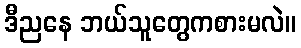
ဒီညနေ ဘယ်သူတွေကစားမလဲ။